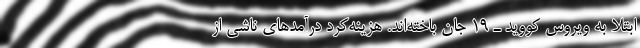
ابتلا به ویروس کووید ـ ۱۹ جان باخته‌اند. هزینه‌کرد درآمدهای ناشی از